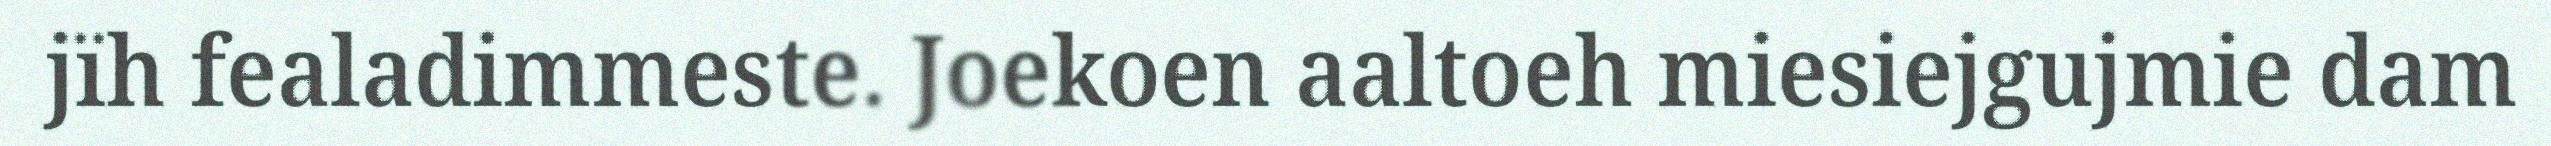
jïh fealadimmeste. Joekoen aaltoeh miesiejgujmie dam